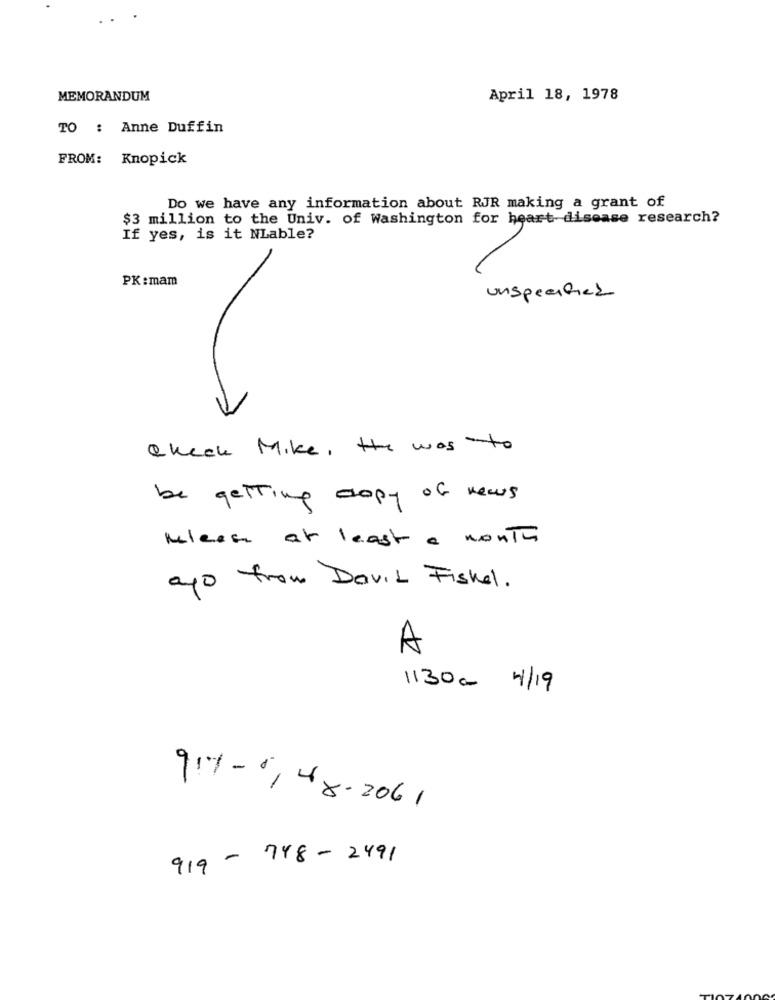
MEMORANDUM
April 18, 1978
TO : Anne Duffin
FROM: Knopick
Do we have any information about RJR making a grant of
$3 million to the Univ. of Washington for heart disease research?
If yes, is it NLable?
PK:mam
unspecified
Check Mike, the was to
be getting copy of news
Melesse at least a month
ago from David Fiskel.
A
1130 a 4/19
917-6, 48-2061
919-748-2491